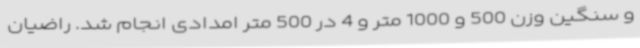
و سنگین وزن 500 و 1000 متر و 4 در 500 متر امدادی انجام شد. راضیان